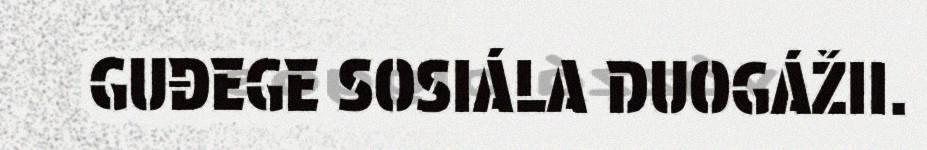
GUĐEGE SOSIÁLA DUOGÁŽII.